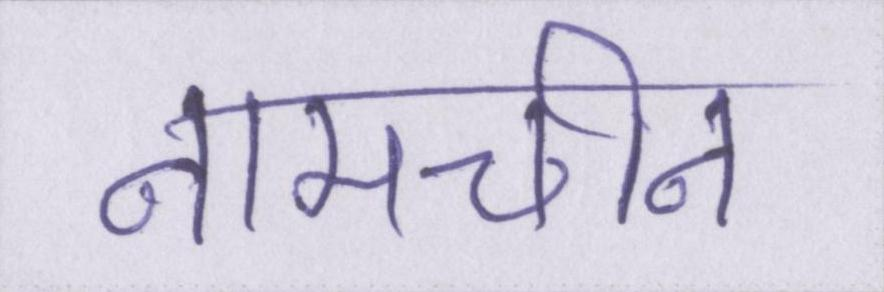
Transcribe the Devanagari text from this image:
नामचीन